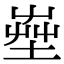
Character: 𡴠